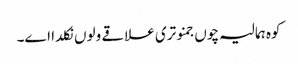
کوہ ہمالیہ چوں جمنوتری علاقے ولوں نکلدا اے۔